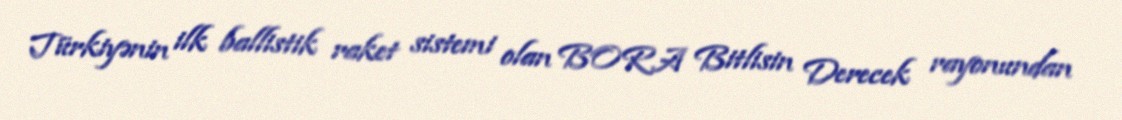
Türkiyənin ilk ballistik raket sistemi olan BORA Bitlisin Derecek rayonundan